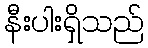
နီးပါးရှိသည်